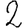
Digit: 2